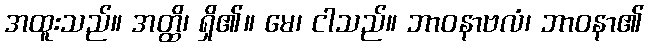
အထူးသည်။ အတ္ထိ၊ ရှိ၏။ မေ၊ ငါသည်။ ဘာဝနာဗလံ၊ ဘာဝနာ၏